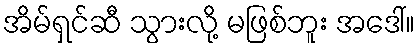
အိမ်ရှင်ဆီ သွားလို့ မဖြစ်ဘူး အဒေါ်။